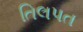
તિલપત